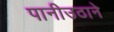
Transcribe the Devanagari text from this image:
पानीउठाने